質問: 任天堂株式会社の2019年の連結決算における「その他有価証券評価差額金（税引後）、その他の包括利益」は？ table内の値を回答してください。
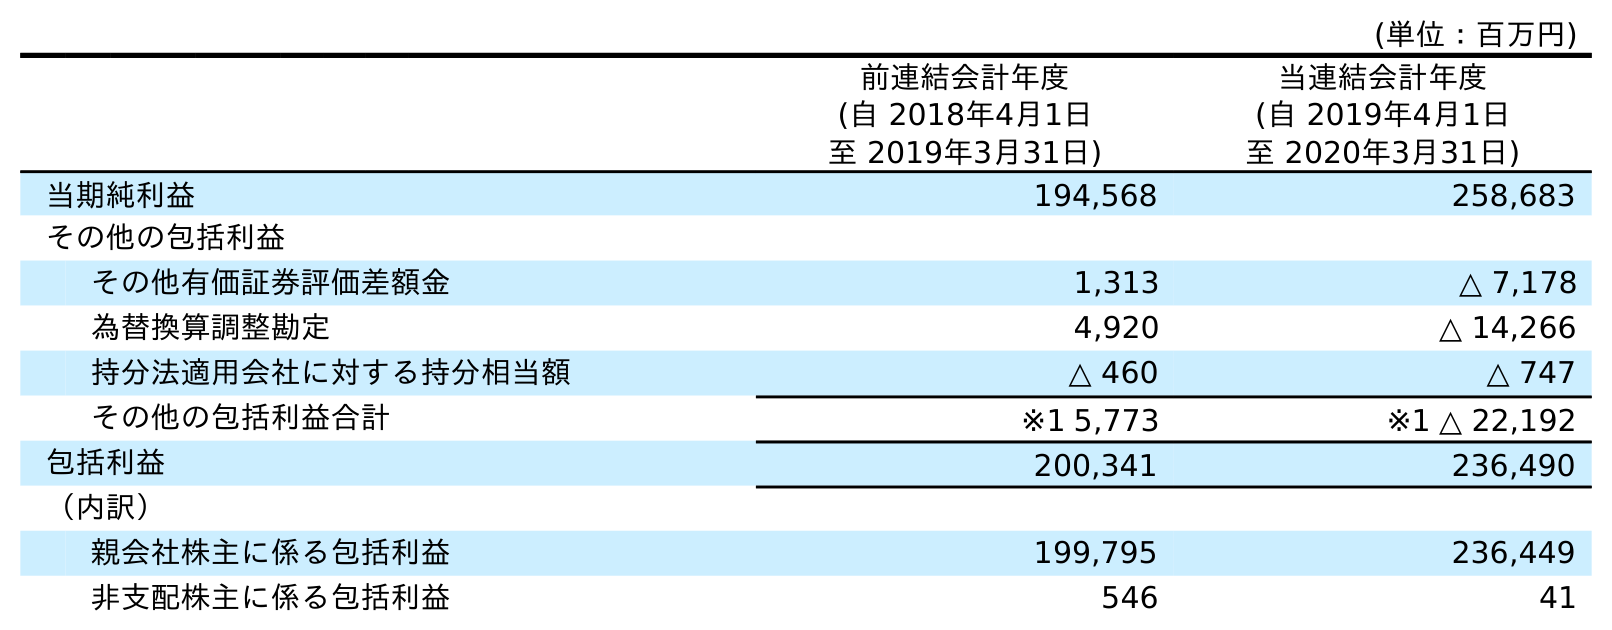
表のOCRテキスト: (単位：百万円) 前連結会計年度 (自 2018年4月1日 至 2019年3月31日) 当連結会計年度 (自 2019年4月1日 至 2020年3月31日) 当期純利益 194,568 258,683 その他の包括利益 その他有価証券評価差額金 1,313 △ 7,178 為替換算調整勘定 4,920 △ 14,266 持分法適用会社に対する持分相当額 △ 460 △ 747 その他の包括利益合計 ※1 5,773 ※1 △ 22,192 包括利益 200,341 236,490 （内訳） 親会社株主に係る包括利益 199,795 236,449 非支配株主に係る包括利益 546 41
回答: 1,313